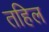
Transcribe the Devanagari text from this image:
तहिल